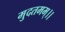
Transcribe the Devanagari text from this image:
मुदतमम्।।